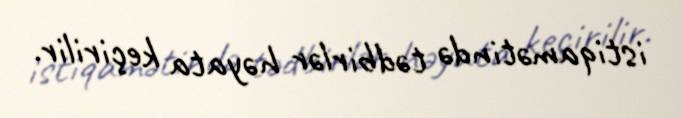
istiqamətində tədbirlər həyata keçirilir.